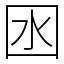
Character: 囦